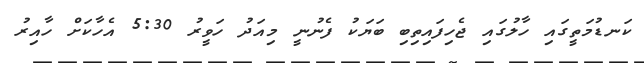
ކަނޑުމަތީގައި ހާލުގައި ޖެހިފައިތިބި ބަޔަކު ފެނުނީ މިއަދު ހަވީރު 5:30 އެހާކަށް ހާއިރު